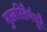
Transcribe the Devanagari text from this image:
मुखरितैर्मधुरैः